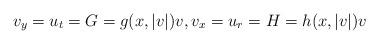
LaTeX: \begin{align*}v_y=u_t=G=g(x,|v|)v,v_x=u_r=H=h(x,|v|)v\end{align*}